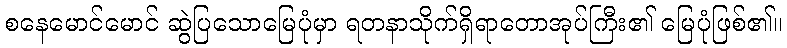
စနေမောင်မောင် ဆွဲပြသောမြေပုံမှာ ရတနာသိုက်ရှိရာတောအုပ်ကြီး၏ မြေပုံဖြစ်၏။